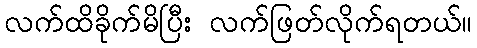
လက်ထိခိုက်မိပြီး လက်ဖြတ်လိုက်ရတယ်။